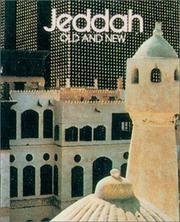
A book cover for Jeddah Old and New; James Buchan; Travel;